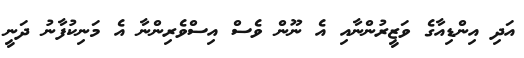
އަދި އިންޑިއާގެ ވަޒީރުންނާއި އެ ނޫން ވެސް އިސްވެރިންނާ އެ މަނިކުފާނު ދަނީ